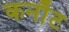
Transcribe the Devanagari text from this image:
कनाॅट